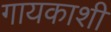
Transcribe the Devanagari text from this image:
गायकाशी